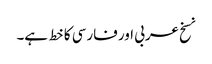
نسخ عربی اور فارسی کا خط ہے۔